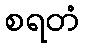
စရတံ